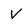
Character: V